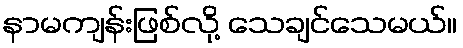
နာမကျန်းဖြစ်လို့ သေချင်သေမယ်။